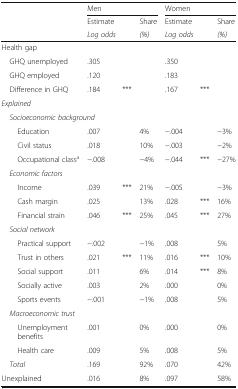
| <ROWSPAN=3>  | <COLSPAN=3> Men | <COLSPAN=3> Women |
 | Estimate |  | Share | Estimate |  | Share |
 | <COLSPAN=2> Log odds | (%) | <COLSPAN=2> Log odds | (%) |
 | --- | --- | --- | --- | --- | --- | --- |
 | <COLSPAN=7> Health gap |
 | GHQ unemployed | .305 |  |  | .350 |  |  |
 | GHQ employed | .120 |  |  | .183 |  |  |
 | Difference in GHQ | .184 | *** |  | .167 | *** |  |
 | <COLSPAN=7> Explained |
 | <COLSPAN=7> Socioeconomic background |
 | Education | .007 |  | 4% | −.004 |  | −3% |
 | Civil status | .018 |  | 10% | −.003 |  | −2% |
 | Occupational classa | −.008 |  | −4% | −.044 | *** | −27% |
 | <COLSPAN=7> Economic factors |
 | Income | .039 | *** | 21% | −.005 |  | −3% |
 | Cash margin | .025 |  | 13% | .028 | *** | 16% |
 | Financial strain | .046 | *** | 25% | .045 | *** | 27% |
 | <COLSPAN=7> Social network |
 | Practical support | −.002 |  | −1% | .008 |  | 5% |
 | Trust in others | .021 | *** | 11% | .016 | *** | 10% |
 | Social support | .011 |  | 6% | .014 | *** | 8% |
 | Socially active | .003 |  | 2% | .000 |  | 0% |
 | Sports events | −.001 |  | −1% | .008 |  | 5% |
 | <COLSPAN=7> Macroeconomic trust |
 | Unemployment benefits | .001 |  | 0% | .000 |  | 0% |
 | Health care | .009 |  | 5% | .008 |  | 5% |
 | Total | .169 |  | 92% | .070 |  | 42% |
 | Unexplained | .016 |  | 8% | .097 |  | 58% |